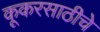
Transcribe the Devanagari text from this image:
कूकरसाठीचे